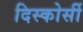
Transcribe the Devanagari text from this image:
दिस्कोर्सी